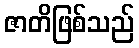
ဇာတိဖြစ်သည်